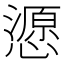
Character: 𢢵